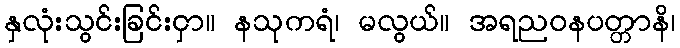
နှလုံးသွင်းခြင်းငှာ။ နသုကရံ၊ မလွယ်။ အရညဝနပတ္တာနိ၊